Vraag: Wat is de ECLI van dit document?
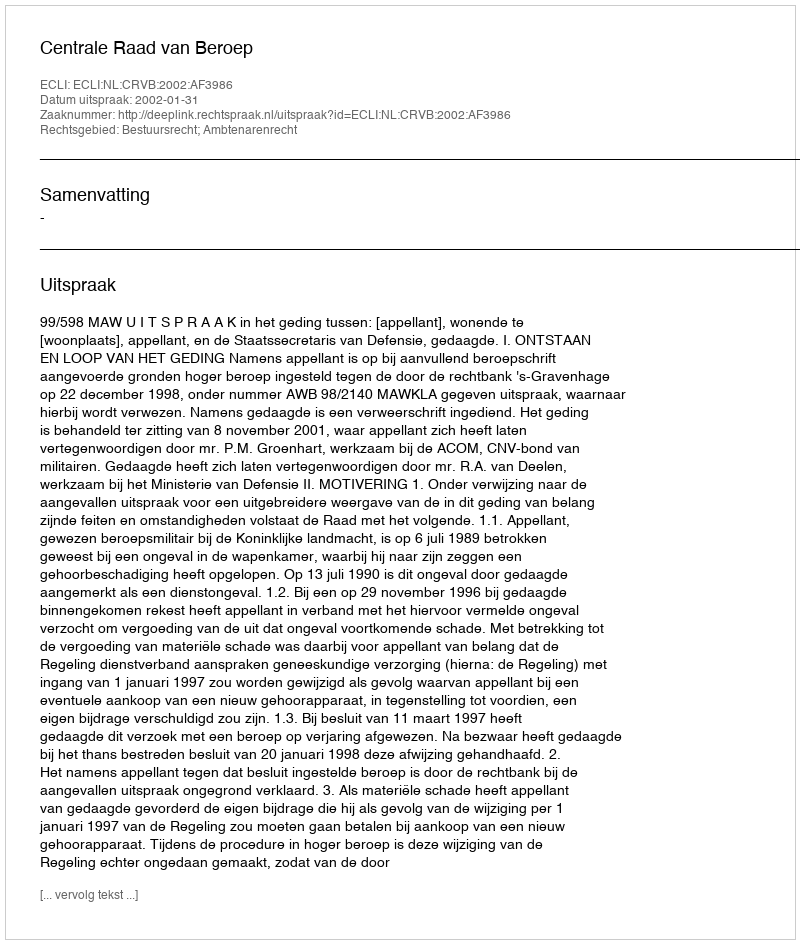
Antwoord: ECLI:NL:CRVB:2002:AF3986